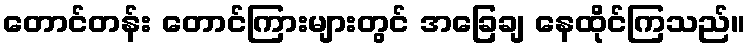
တောင်တန်း တောင်ကြားများတွင် အခြေချ နေထိုင်ကြသည်။